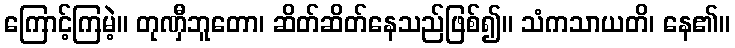
ကြောင့်ကြမဲ့။ တုဏှီဘူတော၊ ဆိတ်ဆိတ်နေသည်ဖြစ်၍။ သံကသာယတိ၊ နေ၏။